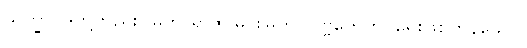
သိက္ခာပုဒ်တို့တည်း။ မဟာရာဇ၊ မင်းမြတ်။ ပုဗ္ဗကေဟိ၊ ရှေးဖြစ်ကုန်သော။